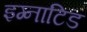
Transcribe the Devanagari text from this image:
इग्नाटिड